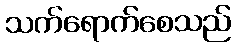
သက်ရောက်စေသည်